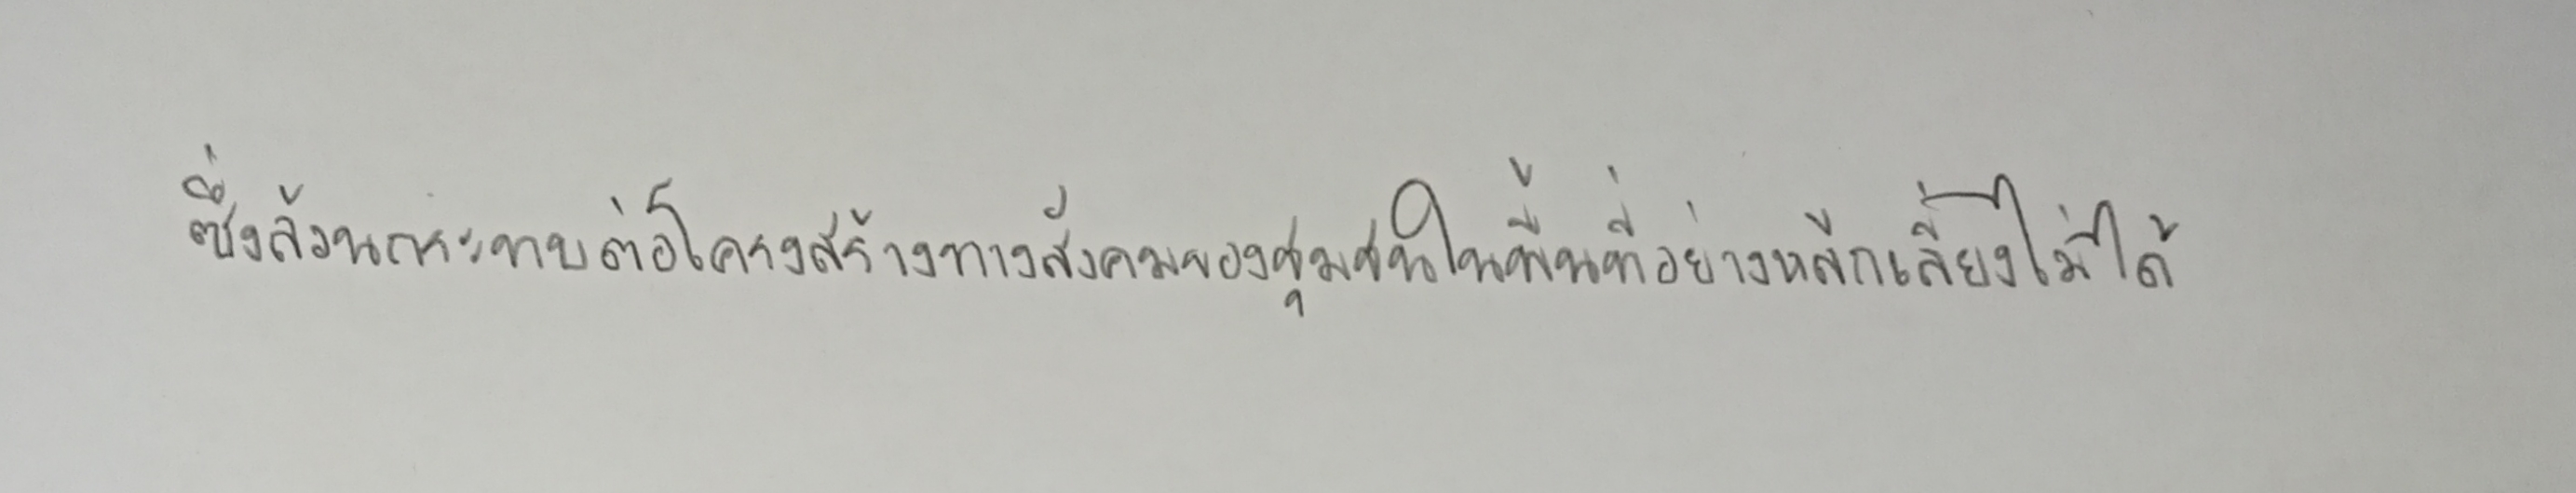
ซึ่งล้วนกระทบต่อโครงสร้างทางสังคมของชุมชนในพื้นที่อย่างหลีกเลี่ยงไม่ได้